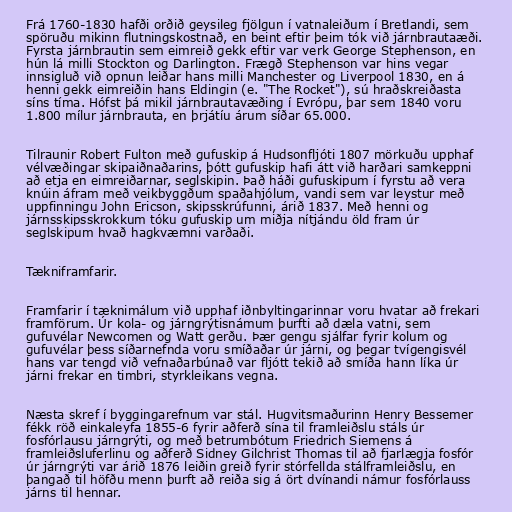
Frá 1760-1830 hafði orðið geysileg fjölgun í vatnaleiðum í Bretlandi, sem
spöruðu mikinn flutningskostnað, en beint eftir þeim tók við járnbrautaæði.
Fyrsta járnbrautin sem eimreið gekk eftir var verk George Stephenson, en
hún lá milli Stockton og Darlington. Frægð Stephenson var hins vegar
innsigluð við opnun leiðar hans milli Manchester og Liverpool 1830, en á
henni gekk eimreiðin hans Eldingin (e. "The Rocket"), sú hraðskreiðasta
síns tíma. Hófst þá mikil járnbrautavæðing í Evrópu, þar sem 1840 voru
1.800 mílur járnbrauta, en þrjátíu árum síðar 65.000.

Tilraunir Robert Fulton með gufuskip á Hudsonfljóti 1807 mörkuðu upphaf
vélvæðingar skipaiðnaðarins, þótt gufuskip hafi átt við harðari samkeppni
að etja en eimreiðarnar, seglskipin. Það háði gufuskipum í fyrstu að vera
knúin áfram með veikbyggðum spaðahjólum, vandi sem var leystur með
uppfinningu John Ericson, skipsskrúfunni, árið 1837. Með henni og
járnsskipsskrokkum tóku gufuskip um miðja nítjándu öld fram úr
seglskipum hvað hagkvæmni varðaði.

Tækniframfarir.

Framfarir í tæknimálum við upphaf iðnbyltingarinnar voru hvatar að frekari
framförum. Úr kola- og járngrýtisnámum þurfti að dæla vatni, sem
gufuvélar Newcomen og Watt gerðu. Þær gengu sjálfar fyrir kolum og
gufuvélar þess síðarnefnda voru smíðaðar úr járni, og þegar tvígengisvél
hans var tengd við vefnaðarbúnað var fljótt tekið að smíða hann líka úr
járni frekar en timbri, styrkleikans vegna.

Næsta skref í byggingarefnum var stál. Hugvitsmaðurinn Henry Bessemer
fékk röð einkaleyfa 1855-6 fyrir aðferð sína til framleiðslu stáls úr
fosfórlausu járngrýti, og með betrumbótum Friedrich Siemens á
framleiðsluferlinu og aðferð Sidney Gilchrist Thomas til að fjarlægja fosfór
úr járngrýti var árið 1876 leiðin greið fyrir stórfellda stálframleiðslu, en
þangað til höfðu menn þurft að reiða sig á ört dvínandi námur fosfórlauss
járns til hennar.